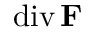
\operatorname { d i v } \mathbf { F }